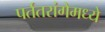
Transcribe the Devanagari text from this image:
पर्ततरांगेमध्ये